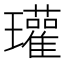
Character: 瓘